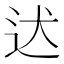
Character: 迖